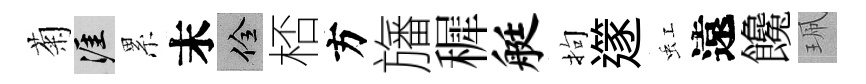
菊涯累末佺桮方旛穉艇拘𨗹虹遠饞珮